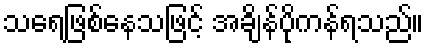
သရေဖြစ်နေသဖြင့် အချိန်ပိုကန်ရသည်။